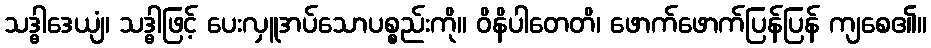
သဒ္ဓါဒေယျံ၊ သဒ္ဓါဖြင့် ပေးလှူအပ်သောပစ္စည်းကို။ ဝိနိပါတေတိ၊ ဖောက်ဖောက်ပြန်ပြန် ကျစေ၏။